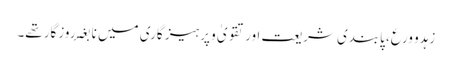
زہدو ورع، پابندی شریعت اور تقویٰ و پرہیز گاری میں نا بغۂ روزگار تھے۔